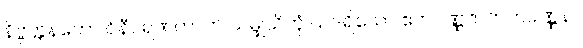
နိဗ္ဗတ္တနတော ဝိနီဝရဏတာတိ သမ္ဖုသိတုံ ယဒရိယော ဧကပဏ္ဏဇာတကဝဏ္ဏနာ